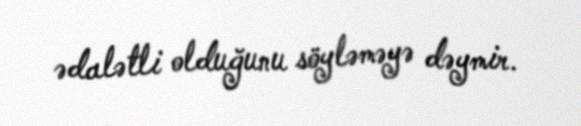
ədalətli olduğunu söyləməyə dəymir.